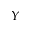
Y